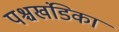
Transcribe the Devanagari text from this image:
पश्चखंडिका